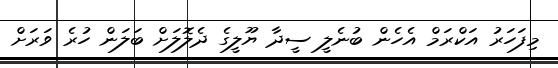
މިފަހަރު އަކްރަމް އެހެން ބުނެލީ ސީދާ ޔޫލީގެ ދެލޮލަށް ބަލަން ހުރެ ވަރަށް